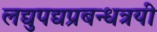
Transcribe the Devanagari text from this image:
लद्युपद्यप्रबन्धत्रयी